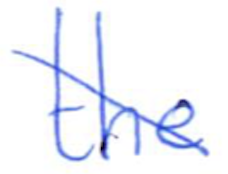
Text: the
Cross-out: diagonal
Writing tool: ballpoint